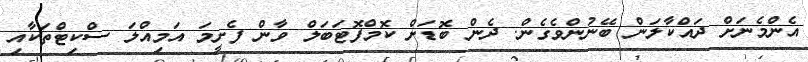
އެންމެނަށް ދައްކާލަން ބޭނުންވެގެން. ދެން ބޮޑަށް ކޮމްފޮޓަބަލް ވާން ފެށީމަ އަމިއްލަ ސްކިޓްތަކާއި